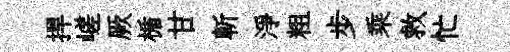
捍嵯厥楯甘斬淨粗步乘救忙